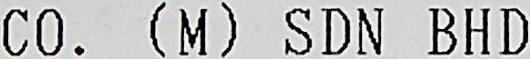
CO. (M) SDN BHD